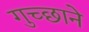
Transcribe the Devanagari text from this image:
गुच्छाने